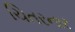
ચિતરનાર